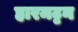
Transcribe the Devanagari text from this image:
हारमट्टन